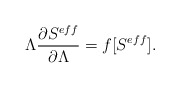
\begin{align*}\Lambda \frac{\partial S^{eff}}{\partial\Lambda}=f[S^{eff}].\end{align*}